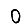
Digit: 0